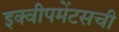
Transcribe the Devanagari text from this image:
इक्वीपमेंटसची